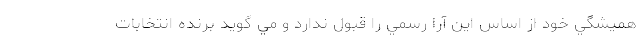
هميشگي خود از اساس اين آرا رسمي را قبول ندارد و مي گويد برنده انتخابات